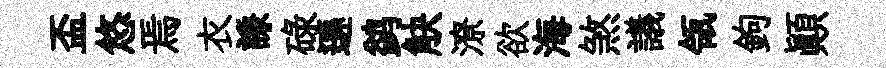
盃悠焉衣謙碌遜鹢觖潦欲海煞議瓴鉤顚